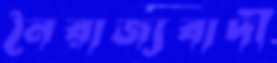
নৈরাজ্যবাদী